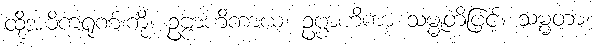
ထိုအဓိကရုဏ်းကို။ ဥဗ္ဗာဟိကာယ၊ ဥဗ္ဗာဟိကာ သမ္မုတိဖြင့်။ သမ္မတာ၊